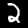
Digit: 2